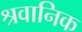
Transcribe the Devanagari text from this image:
श्रवानिक